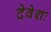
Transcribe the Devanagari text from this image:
देवेशः